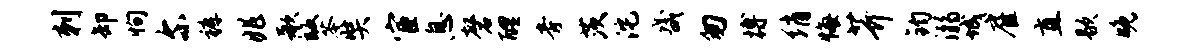
刺卸恂尔裤兆歌皈苓奘宦息磬醴旁茨沱畿匆搏绡悔芥钧溺城雇直歇晚